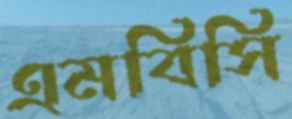
এমবিসি